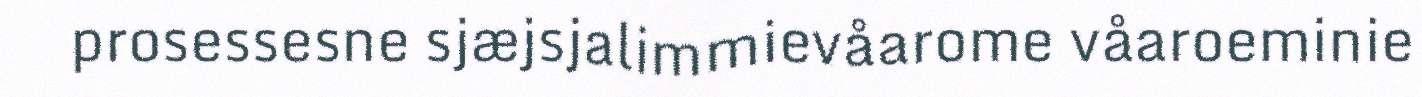
prosessesne sjæjsjalimmievåarome våaroeminie